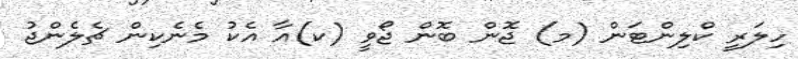
ހިލަރީ ކްލިންޓަން (މ) ޖޮން ބޮން ޖޯވީ (ކ)އާ އެކު މެނެކިން ޗެލެންޖު